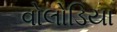
વોલોડિયા